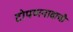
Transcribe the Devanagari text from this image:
टोपणनावाची